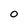
Character: o